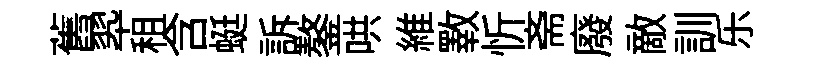
舊翆租含蜓訴鏊哄維斁忻斋廢敵訓乐